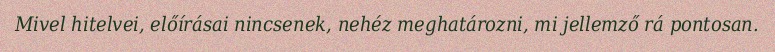
Mivel hitelvei, előírásai nincsenek, nehéz meghatározni, mi jellemző rá pontosan.